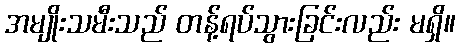
အမျိုးသမီးသည် တန့်ရပ်သွားခြင်းလည်း မရှိ။